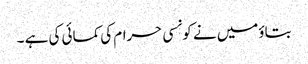
بتاؤمیں نے کونسی حرام کی کمائی کی ہے ۔